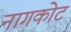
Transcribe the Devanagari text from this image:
नागकोट